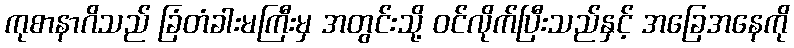
ကုစာနာဂိသည် ခြံတံခါးမကြီးမှ အတွင်းသို့ ဝင်လိုက်ပြီးသည်နှင့် အခြေအနေကို